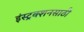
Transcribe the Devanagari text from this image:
इंस्ट्रक्शनसाठी